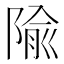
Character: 隃